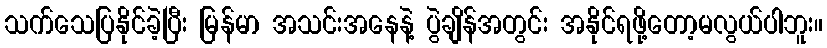
သက်သေပြနိုင်ခဲ့ပြီး မြန်မာ အသင်းအနေနဲ့ ပွဲချိန်အတွင်း အနိုင်ရဖို့တော့မလွယ်ပါဘူး။